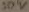
Text: 50V